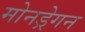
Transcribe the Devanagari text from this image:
मोनड्रेगन